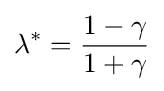
\lambda ^{*}={\frac {1-\gamma }{1+\gamma }}